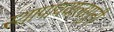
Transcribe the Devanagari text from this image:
स्थापावयालागुनी